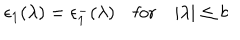
\epsilon _ { 1 } ( \lambda ) = \epsilon _ { 1 } ^ { - } ( \lambda ) \quad \mathrm { f o r } \quad | \lambda | \leq b